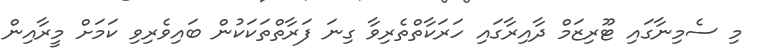
މި ސެމިނާގައި ޓޫރިޒަމް ދާއިރާގައި ހަރަކާތްތެރިވާ ގިނަ ފަރާތްތަކަކުން ބައިވެރިވި ކަމަށް މީރާއިން